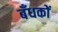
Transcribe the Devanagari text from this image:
बँधकों